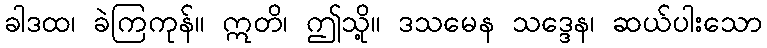
ခါဒထ၊ ခဲကြကုန်။ ဣတိ၊ ဤသို့။ ဒသမေန သဒ္ဒေန၊ ဆယ်ပါးသော